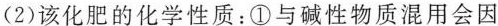
(2)该化肥的化学性质：①与碱性物质混用会因